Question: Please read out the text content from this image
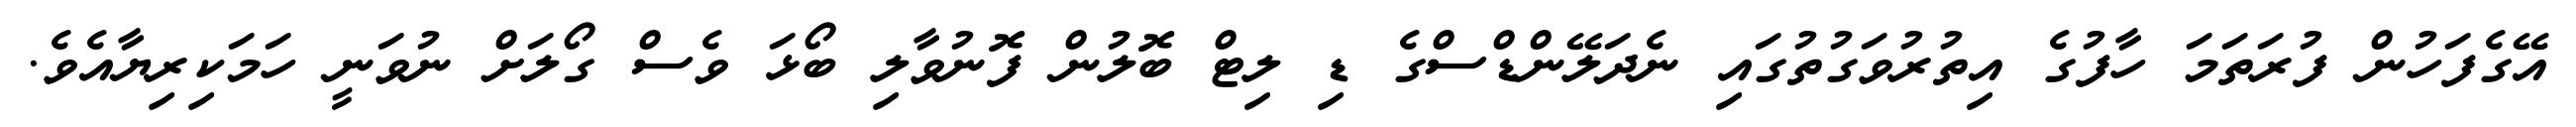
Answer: އޭގެފަހުން ފުރަތަމަ ހާފުގެ އިތުރުވަގުތުގައި ނެދަލޭންޑްސްގެ ޑި ލިޓް ބޮލުން ފޮނުވާލި ބޯޅަ ވެސް ގޯލަށް ނުވަނީ ހަމަކިރިޔާއެވެ.